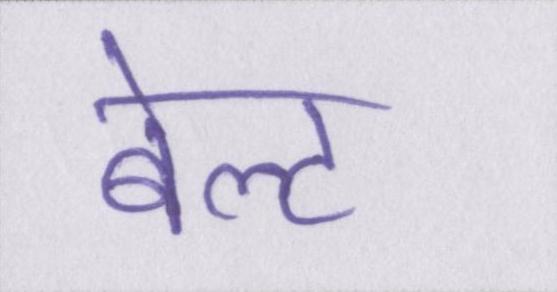
बेल्ट